Report on vaccination in the Province of Bengal - 1869-1873
Year: 1869
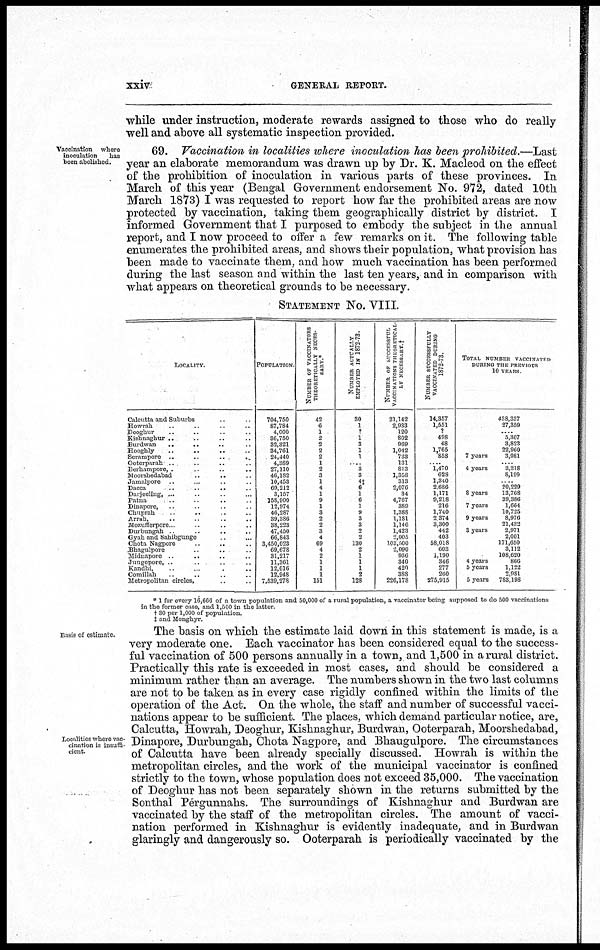
xxiv
GENERAL REPORT.
while under instruction, moderate rewards assigned to those who do really
well and above all systematic inspection provided.
Vaccination where
inoculation
has
been abolished.
69. Vaccination in localities where inoculation has been prohibited.—Last
year an elaborate memorandum was drawn up by Dr. K. Macleod on the effect
of the prohibition of inoculation in various parts of these provinces. In
March of this year (Bengal Government endorsement No. 972, dated 10th
March 1873) I was requested to report how far the prohibited areas are now
protected by vaccination, taking them geographically district by district. I
informed Government that I purposed to embody the subject in the annual
report, and I now proceed to offer a few remarks on it. The following table
enumerates the prohibited areas, and shows their population, what provision has
been made to vaccinate them, and how much vaccination has been performed
during the last season and within the last ten years, and in comparison with
what appears on theoretical grounds to be necessary.
STATEMENT No. VIII.
LOCALITY.
Calcutta and Suburbs .. ..
Howrah .. .. .. ..
Deoghur .. .. .. ..
Kishnaghur .. .. .. ..
Burdwan
..
.. .. ..
Hooghly .. .. .. ..
Serampore ..
..
..
..
Ooterparah .. .. .. ..
Berhampore, .. .. .. ..
Moorshedabad .. .. ..
Jamalpore .. .. .. ..
Dacca .. .. .. ..
Darjeeling, ... .. .. ..
Patna .. .. .. ..
Dinapore, .. .. .. ..
Chuprah .. .. .. ..
Arrah,
..
.
.
..
Mozufferpore. . .. .. ..
Dmbungah
.. .. ..
Gyah and Sahibgunge .. ..
Chota Nagpore .. ..
Bhagulpore .. .. ..
Midnapore
.
.. .. ..
Jungepore, .. .. .. ..
Kandhi,
.
. . . .. .. ..
Comillah .. .. .. ..
Metropolitan circles, .. ..
POPULATION
704,750
87,784
4,000
36,750
32,321
34,761
24,440
4,389
27,110
46,182
10,453
60,212
3,157
158,900
12,974
46,287
39,386
38,223
47,450
66,843
3,450,023
69,678
31,217
11,361
12,016
12,948
7,539,278
NUMBER OF VACCINATORS
THEORETICALLY NECES¬
SARY *
42
6
1
2
2
2
2
1
2
3
1
4
1
9
1
3
2
2
3
4
69
4
2
1
1
1
151
NUMBER ACTUALLY
EMPLOYED IN 1872-73.
30
1
?
1
3
1
1
.. 3
3
4‡ 6
1
6
1
9
3
3
2
2
130
2
1
1
1
2
128
NUMBER OF SUCCESSFUL
VACCINATIONS THEORCTICAL¬
LY NECCESSARY†
21,142
2,933
120
802
969
1,042
733
131
813
1,358
313
2,076
34
4,767
389
1,388
1,181
1,146
1,423
2,005
103,500
2,090
936
340
420
388
226,178
NUMBER SUCCESSFULLY
VACCINATED DURING
1872-73.
14,357
1,551
?
498
48
1,765
858
..
1,470
628
1,340
2,686
1,171
9,218
216
1,740
2,374
3,300
442
403
58,018
603
1,190
346
277
260
275,915
TOTAL NUMBER VACCINATED
DURING THE PREVIOUS
10 YEARS
438,337
27,359
.... 5,307
3,823
22,960
7 years
3,981
...
4 years
3,318
8,199
....
20,229
8 years
13,768
39,386
7 years
1,664
10,725
9 years
8,976
21,432
3 years
2,971
2,001
171,650
3,112
108,620
4 years
866
5 years
1,122
2,981
5 years
783,198
* 1 for every 16,666 of a town population and 50,000 of a rural population, a vaccinator being supposed to do 500 vaccinations
in the former case, and 1,500 in the latter
† 30 per 1,000 of population.
‡ and Monohyr.
Basis of estimate.
Localities where vac-
cination is insuffi-
cient
The basis on which the estimate laid down in this statement is made, is a
very moderate one. Each vaccinator has been considered equal to the success-
ful vaccination of 500 persons annually in a town, and 1,500 in a rural district.
Practically this rate is exceeded in most cases, and should be considered a
minimum rather than an average. The numbers shown in the two last columns
are not to be taken as in every case rigidly confined within the limits of the
operation of the Act. On the whole, the staff and number of successful vacci-
nations appear to be sufficient. The places, which demand particular notice, are,
Calcutta, Howrah, Deoghur, Kishnaghur, Burdwan, Ooterparah, Moorshedabad,
Dinapore, Durbungah, Chota Nagpore, and Bhaugulpore. The circumstances
of Calcutta have been already specially discussed. Howrah is within the
metropolitan circles, and the work of the municipal vaccinator is confined
strictly to the town, whose population does not exceed 35,000. The vaccination
of Deoghur has not been separately shown in the returns submitted by the
Sonthal Pergunnahs. The surroundings of Kishnaghur and Burdwan are
vaccinated by the staff of the metropolitan circles. The amount of vacci-
nation performed in Kishnaghur is evidently inadequate, and in Burdwan
glaringly and dangerously so. Ooterparah is periodically vaccinated by the